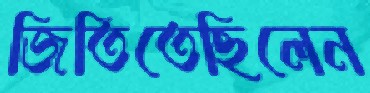
জিতিতেছিলেন